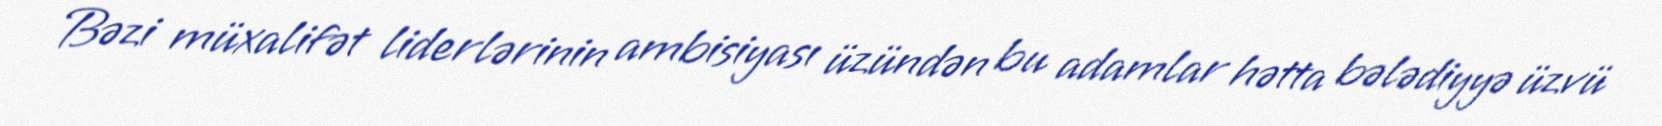
Bəzi müxalifət liderlərinin ambisiyası üzündən bu adamlar hətta bələdiyyə üzvü